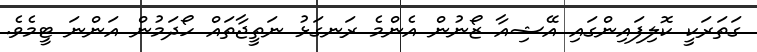
ގަތަރަކީ ކޮލިފައިންގައި އޭޝިއާ ޒޯނުން އެންމެ ރަނގަޅު ނަތީޖާތައް ހޯދަމުން އަންނަ ޓީމެވެ.